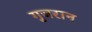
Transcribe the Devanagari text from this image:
गुजरान